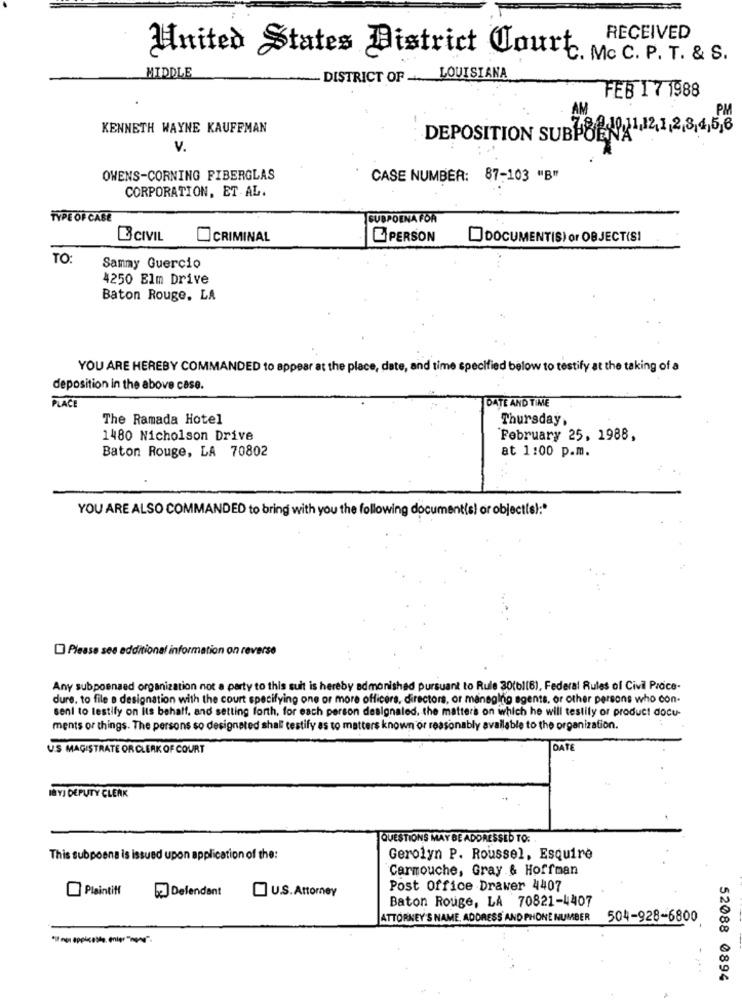
RECEIVED
United States District Court.
P . T . &
MIDDLE
- DISTRICT OF
LOUISIANA
FEB 17 1988
AM
PM
KENNETH WAYNE KAUFFMAN
DEPOSITION SUBPOENA
V.
OWENS-CORNING FIBERGLAS
CASE NUMBER: 87-103 "B"
CORPORATION, ET AL.
TYPE OF CABE
SUBPOENA FOR
BCIVIL
CRIMINAL
PERSON
DOCUMENTIS) or OBJECT(SI
TO
Sammy Guercio
4250 Elm Drive
Baton Rouge, LA
YOU ARE HEREBY COMMANDED to appear at the place, date, and time specified below to testify at the taking of a
deposition in the above case.
PLACE
DATE AND TIME
The Ramada Hotel
Thursday,
1480 Nicholson Drive
February 25, 1988,
at 1:00 p.m.
Baton Rouge, LA 70802
YOU ARE ALSO COMMANDED to bring with you the following document(s) or objectis):"
Please see additional information on reverse
Any subpoenaed organization not a party to this suit is hereby admonished pursuant to Rule 30(bl(6), Federal Rules of Civil Proce-
dure, to file e designation with the court specifying one or more officers, directors, or managing agents, or other persons who con-
sent to testify on its behalf, and setting forth, for each person designated, the matters on which he will testily or product docu-
ments or things. The persons so designated shall testify as to matters known or reasonably available to the organization.
US MAGISTRATE OR CLERK OF COURT
DATE
INYI DEPUTY CLERK
QUESTIONS MAY BE ADDRESSED TO:
This subpoena is issued upon application of the:
Gerolyn P. Roussel, Esquire
Carmouche, Gray & Hoffman
Plaintiff
[2] Defendant
Post Office Drawer 4407
U.S. Attorney
Baton Rouge, LA 70821-4407
ATTORNEY'S NAME, ADDRESS AND PHONE NUMBER
504-928-6800
52088 0894